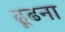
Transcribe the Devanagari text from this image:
ढ़ूढना